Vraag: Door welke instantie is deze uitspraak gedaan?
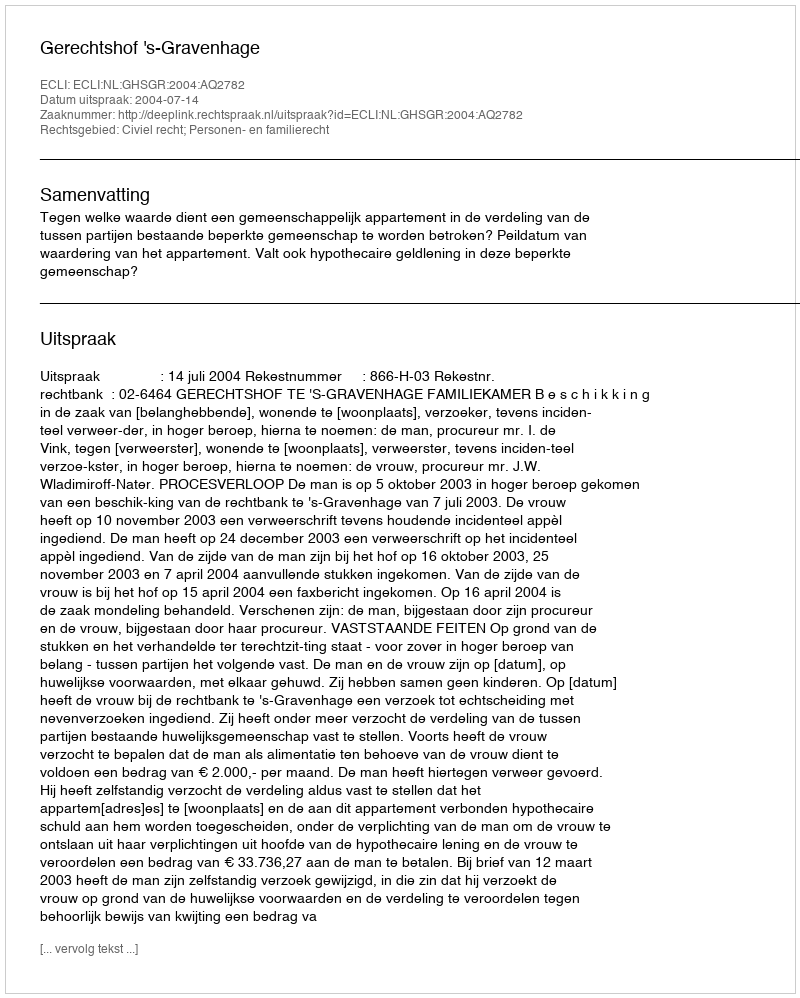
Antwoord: Gerechtshof 's-Gravenhage